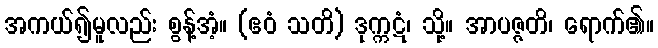
အကယ်၍မူလည်း စွန့်အံ့။ (ဧဝံ သတိ) ဒုက္ကဋံ၊ သို့။ အာပဇ္ဇတိ၊ ရောက်၏။